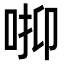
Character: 𠳑